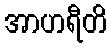
အာဟရီတိ